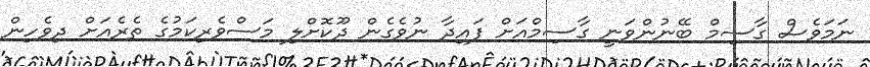
ނަމަވެސް ގާސިމް ބޭނުންވަނީ ގާސިމްއަށް ފައިދާ ނުވެގެން ދޫކޮށްލި މަސްވެރިކަމުގެ ތެރެއަށް ދިވެހިން